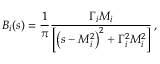
B _ { i } ( s ) = \frac { 1 } { \pi } \frac { \Gamma _ { i } M _ { i } } { \left[ \left( s - M _ { i } ^ { 2 } \right) ^ { 2 } + \Gamma _ { i } ^ { 2 } M _ { i } ^ { 2 } \right] } \, ,